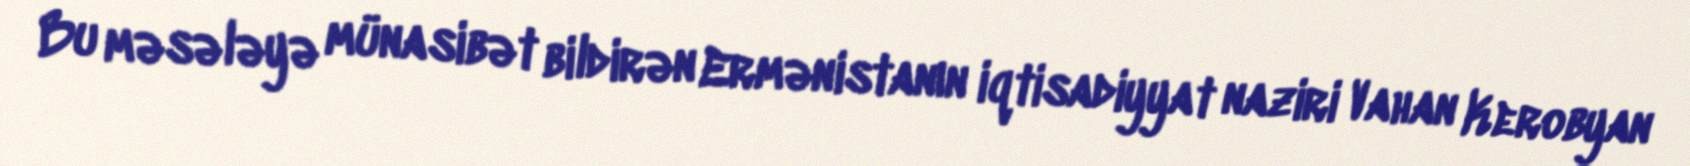
Bu məsələyə münasibət bildirən Ermənistanın iqtisadiyyat naziri Vahan Kerobyan